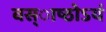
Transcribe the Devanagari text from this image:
वस्ाष्ठोऽयं